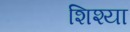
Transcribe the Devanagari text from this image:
शिश्या